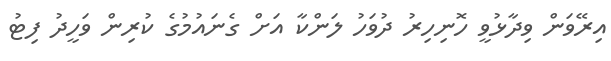
އިރޭވަން ވިދާޅުވީ ހޮނިހިރު ދުވަހު ލަންކާ އަށް ގެނައުމުގެ ކުރިން ވަހީދު ފިޓު